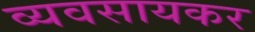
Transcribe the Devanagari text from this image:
व्यवसायकर